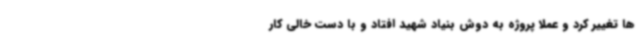
ها تغییر کرد و عملا پروژه به دوش بنیاد شهید افتاد و با دست خالی کار